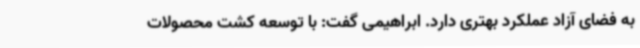
به فضای آزاد عملکرد بهتری دارد. ابراهیمی گفت: با توسعه کشت محصولات